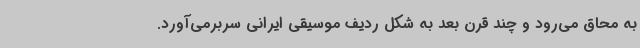
به محاق می‌رود و چند قرن بعد به شکل ردیف موسیقی ایرانی سربرمی‌آورد.